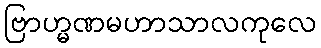
ဗြာဟ္မဏမဟာသာလကုလေ